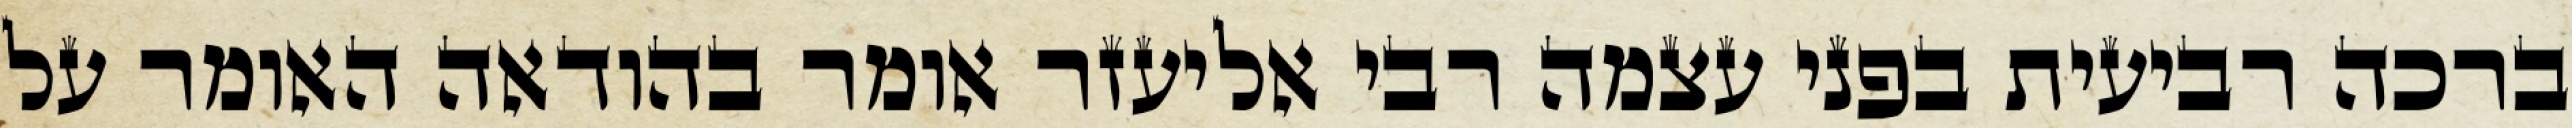
ברכה רביעית בפני עצמה רבי אליעזר אומר בהודאה האומר על